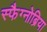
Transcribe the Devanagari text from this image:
स्फैग्नोब्रिया